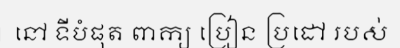
នៅ ទីបំផុត ពាក្យ ប្រៀន ប្រដៅ របស់